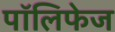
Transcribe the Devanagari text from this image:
पॉलिफेज